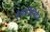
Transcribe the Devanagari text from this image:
हैलोजिनिटेड